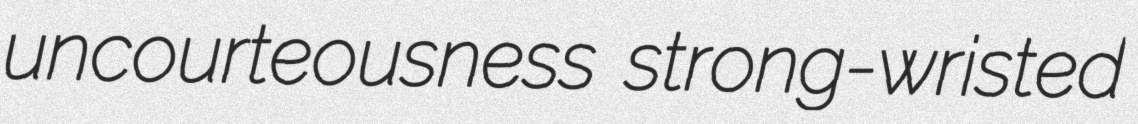
uncourteousness strong-wristed